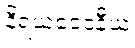
နိရယဝေဒနီယံ